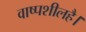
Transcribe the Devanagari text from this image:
वाष्पशीलहै।